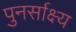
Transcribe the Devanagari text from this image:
पुनर्साक्ष्य